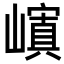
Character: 𡽆